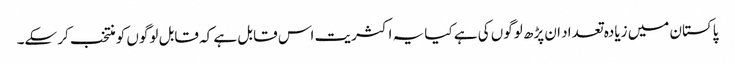
پاکستان میں زیادہ تعداد ان پڑھ لوگوں کی ہے کیا یہ اکثریت اس قابل ہے کہ قابل لوگوں کو منتخب کر سکے۔